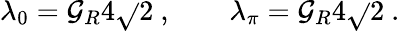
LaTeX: \lambda_{0}=\mathcal{G}_{R}4\sqrt{}{{2}}\ ,\qquad\lambda_{\pi}=\mathcal{G}_{R}4\sqrt{}{{2}}\ .